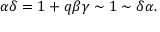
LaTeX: \alpha \delta = 1 + q \beta \gamma \sim 1 \sim \delta \alpha .